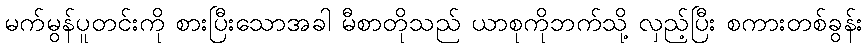
မက်မွန်ပူတင်းကို စားပြီးသောအခါ မီစာတိုသည် ယာစုကိုဘက်သို့ လှည့်ပြီး စကားတစ်ခွန်း